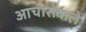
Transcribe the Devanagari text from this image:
आचारोंवाले